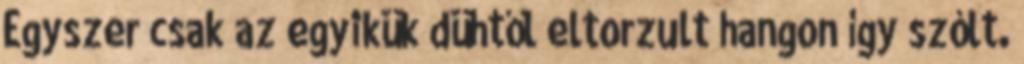
Egyszer csak az egyikük dühtől eltorzult hangon így szólt.